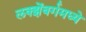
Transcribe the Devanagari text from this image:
लक्झेंबर्गमध्ये